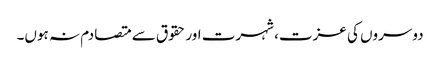
دوسروں کی عزت، شہرت اور حقوق سے متصادم نہ ہوں۔